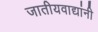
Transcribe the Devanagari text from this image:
जातीयवाद्यांनी